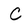
Character: C